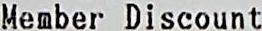
MEMBER DISCOUNT